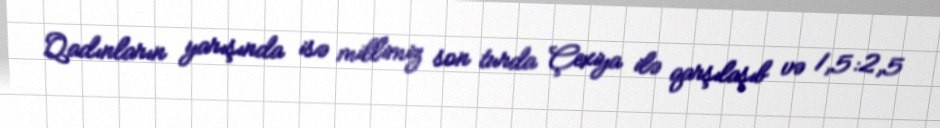
Qadınların yarışında isə millimiz son turda Çexiya ilə qarşılaşıb və 1,5:2,5